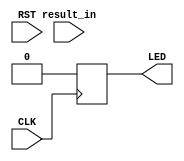
module LED2(
    input [1:0] result_in,
    input  CLK, RST, 
    output LED
);

reg r_LED;

always@(posedge CLK)begin
    if(RST)
     r_LED <= 0;
    else if(result_in == 11)
     r_LED <= 1;  //LED
    else
     r_LED <= 0;  // 
end

assign LED = r_LED;


endmodule